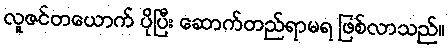
လူဇင်တယောက် ပိုပြီး ဆောက်တည်ရာမရ ဖြစ်လာသည်။